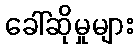
ခေါ်ဆိုမှုများ